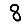
Digit: 8